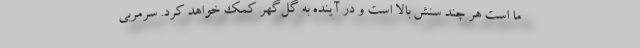
ما است هر چند سنش بالا است و در آینده به گل‌گهر کمک خواهد کرد. سرمربی